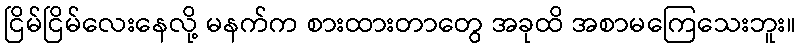
ငြိမ်ငြိမ်လေးနေလို့ မနက်က စားထားတာတွေ အခုထိ အစာမကြေသေးဘူး။